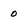
Character: 0